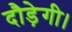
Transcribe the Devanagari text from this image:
दौड़ेगी।